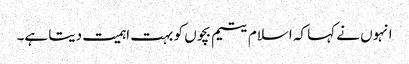
انہوں نے کہا کہ اسلام یتیم بچوں کو بہت اہمیت دیتا ہے۔